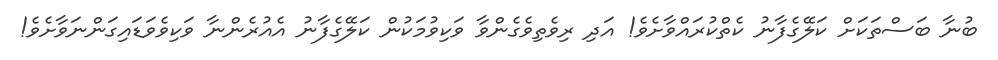
ބުނާ ބަސްތަކަށް ކަލޭގެފާނު ކެތްކުރައްވާށެވެ! އަދި ރިވެތިވެގެންވާ ވަކިވުމަކުން ކަލޭގެފާނު އެއުރެންނާ ވަކިވެވަޑައިގަންނަވާށެވެ!